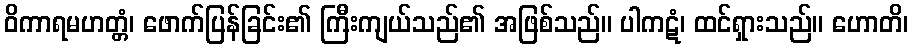
ဝိကာရမဟတ္တံ၊ ဖောက်ပြန်ခြင်း၏ ကြီးကျယ်သည်၏ အဖြစ်သည်။ ပါကဋံ၊ ထင်ရှားသည်။ ဟောတိ၊